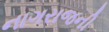
નાગરાજની